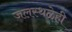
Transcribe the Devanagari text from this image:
जलस्थळेही